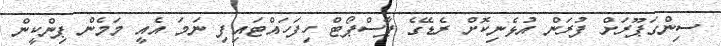
ސިންގަޕޫރަށް ފުރަން އުޅެނިކޮށް ރެޑޭގެ ޕާސްޕޯޓް ހިފަހައްޓައިފި ނަމަ އެއީ މަމެން ޕިންކީން